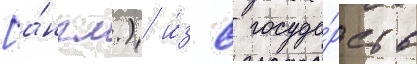
[а́нгл.) и́з 8 госуда́рств